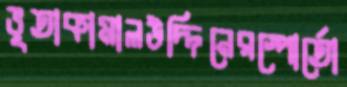
ভূতাকামালউদ্দিনেরস্পোর্তো